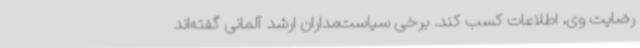
رضایت وی، اطلاعات کسب کند. برخی سیاست‌مداران ارشد آلمانی گفته‌اند